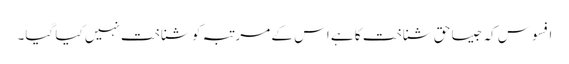
افسوس کہ جیسا حق شناخت کا ہے اس کے مرتبہ کو شناخت نہیں کیا گیا۔